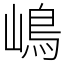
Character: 嶋